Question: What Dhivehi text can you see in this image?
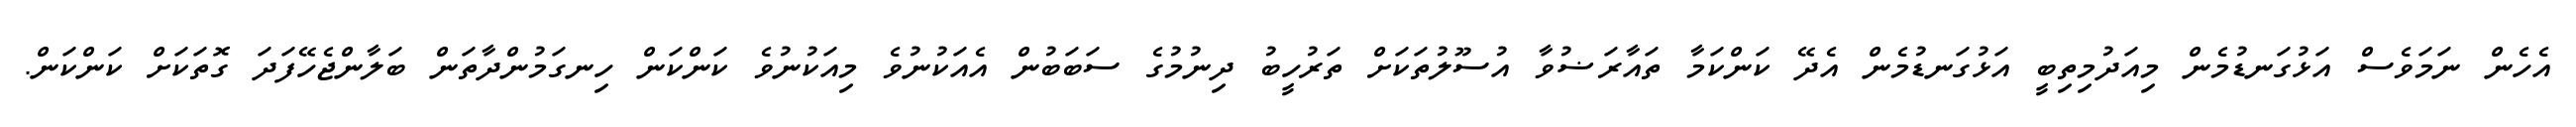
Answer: އެހެން ނަމަވެސް އަޅުގަނޑުމެން މިއަދުމިތިބީ އަޅުގަނޑުމެން އެދޭ ކަންކަމާ ތައާރަޟުވާ އުސޫލުތަކަށް ތަރުހީބު ދިނުމުގެ ސަބަބުން އެއަކުނުވެ މިއަކުނުވެ ކަންކަން ހިނގަމުންދާތަން ބަލާންޖެހޭފަދަ ގޮތަކަށް ކަންކަން.